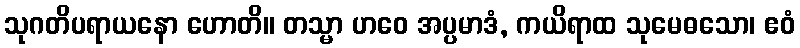
သုဂတိပရာယနော ဟောတိ။ တသ္မာ ဟဝေ အပ္ပမာဒံ, ကယိရာထ သုမေဓသော၊ ဧဝံ